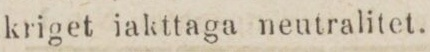
kriget iakttaga neutralitet.